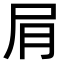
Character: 𫵔